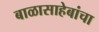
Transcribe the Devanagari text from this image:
बाळासाहेबांचा